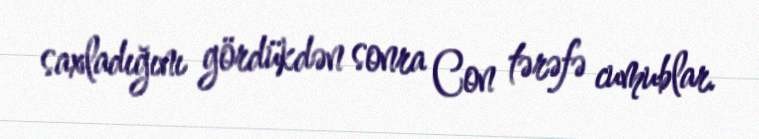
saxladığını gördükdən sonra Con tərəfə cumublar.